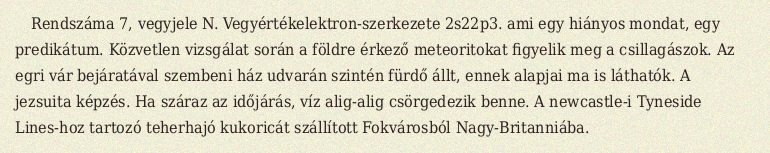
Rendszáma 7, vegyjele N. Vegyértékelektron-szerkezete 2s22p3. ami egy hiányos mondat, egy predikátum. Közvetlen vizsgálat során a földre érkező meteoritokat figyelik meg a csillagászok. Az egri vár bejáratával szembeni ház udvarán szintén fürdő állt, ennek alapjai ma is láthatók. A jezsuita képzés. Ha száraz az időjárás, víz alig-alig csörgedezik benne. A newcastle-i Tyneside Lines-hoz tartozó teherhajó kukoricát szállított Fokvárosból Nagy-Britanniába.